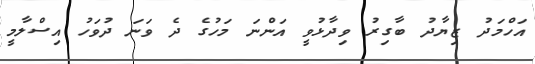
އަހްމަދު ޒިޔާދު ބާގިރު ވިދާޅުވީ އަންނަ މަހުގެ ދެ ވަނަ ދުވަހު އިސްލާމީ